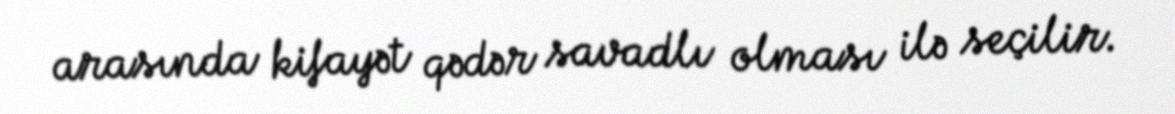
arasında kifayət qədər savadlı olması ilə seçilir.